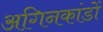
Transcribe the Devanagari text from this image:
अगिनकांडों